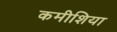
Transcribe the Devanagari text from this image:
कमीशिया